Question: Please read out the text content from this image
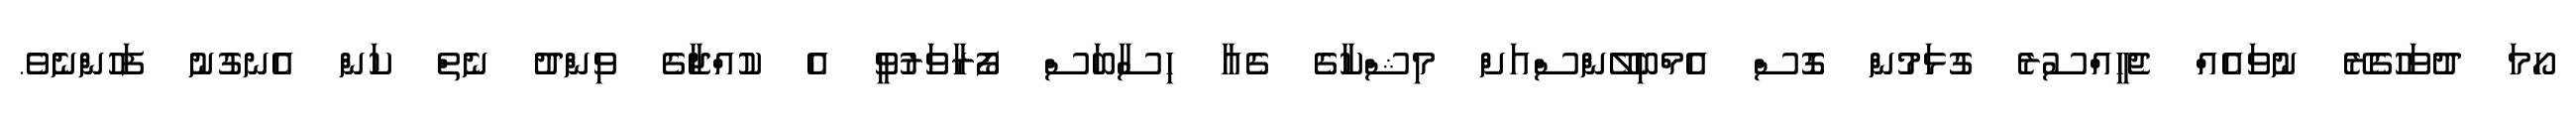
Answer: ހޯމަ ދުވަހުގެރޭ ނުވައެއް ޖެހީއްސުރެ ގުޅަމުން ގޮސް އެމްބިލޭންސްއަށް މިޝްކާގެ ގެއާ ހިސާބަސް ފޯރާވަރުވީ އެ ކުއްޖާގެ ވިންދު ނެތް ކަން އެނގުނު ފަހުންނެވެ.